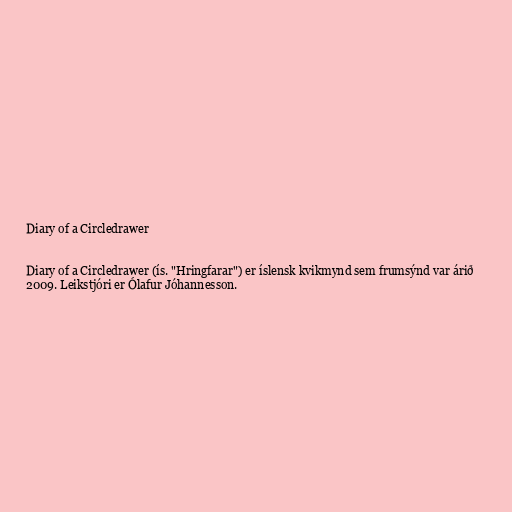
Diary of a Circledrawer

Diary of a Circledrawer (ís. "Hringfarar") er íslensk kvikmynd sem frumsýnd var árið
2009. Leikstjóri er Ólafur Jóhannesson.